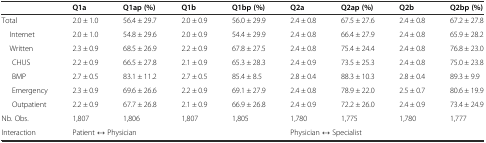
<table><thead><tr><td></td><td><b>Q1a</b></td><td><b>Q1ap (%)</b></td><td><b>Q1b</b></td><td><b>Q1bp (%)</b></td><td><b>Q2a</b></td><td><b>Q2ap (%)</b></td><td><b>Q2b</b></td><td><b>Q2bp (%)</b></td></tr></thead><tbody><tr><td>Total</td><td>2.0 ± 1.0</td><td>56.4 ± 29.7</td><td>2.0 ± 0.9</td><td>56.0 ± 29.9</td><td>2.4 ± 0.8</td><td>67.5 ± 27.6</td><td>2.4 ± 0.8</td><td>67.2 ± 27.8</td></tr><tr><td> Internet</td><td>2.0 ± 1.0</td><td>54.8 ± 29.6</td><td>2.0 ± 0.9</td><td>54.4 ± 29.9</td><td>2.4 ± 0.8</td><td>66.4 ± 27.9</td><td>2.4 ± 0.8</td><td>65.9 ± 28.2</td></tr><tr><td> Written</td><td>2.3 ± 0.9</td><td>68.5 ± 26.9</td><td>2.2 ± 0.9</td><td>67.8 ± 27.5</td><td>2.4 ± 0.8</td><td>75.4 ± 24.4</td><td>2.4 ± 0.8</td><td>76.8 ± 23.0</td></tr><tr><td>CHUS</td><td>2.2 ± 0.9</td><td>66.5 ± 27.8</td><td>2.1 ± 0.9</td><td>65.3 ± 28.3</td><td>2.4 ± 0.9</td><td>73.5 ± 25.3</td><td>2.4 ± 0.8</td><td>75.0 ± 23.8</td></tr><tr><td>BMP</td><td>2.7 ± 0.5</td><td>83.1 ± 11.2</td><td>2.7 ± 0.5</td><td>85.4 ± 8.5</td><td>2.8 ± 0.4</td><td>88.3 ± 10.3</td><td>2.8 ± 0.4</td><td>89.3 ± 9.9</td></tr><tr><td>Emergency</td><td>2.3 ± 0.9</td><td>69.6 ± 26.6</td><td>2.2 ± 0.9</td><td>69.1 ± 27.9</td><td>2.4 ± 0.8</td><td>78.9 ± 22.0</td><td>2.5 ± 0.7</td><td>80.6 ± 19.9</td></tr><tr><td>Outpatient</td><td>2.2 ± 0.9</td><td>67.7 ± 26.8</td><td>2.1 ± 0.9</td><td>66.9 ± 26.8</td><td>2.4 ± 0.9</td><td>72.2 ± 26.0</td><td>2.4 ± 0.9</td><td>73.4 ± 24.9</td></tr><tr><td>Nb. Obs.</td><td>1,807</td><td>1,806</td><td>1,807</td><td>1,805</td><td>1,780</td><td>1,775</td><td>1,780</td><td>1,777</td></tr><tr><td>Interaction</td><td colspan="4">Patient ↔ Physician</td><td colspan="4">Physician ↔ Specialist</td></tr></tbody></table>